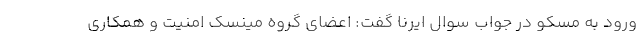
ورود به مسکو در جواب سوال ایرنا گفت: اعضای گروه مینسک امنیت و همکاری